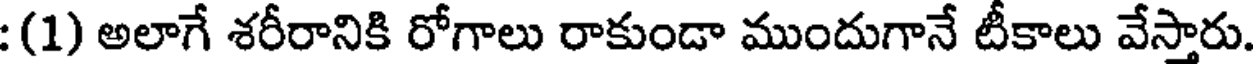
: (1) అలాగే శరీరానికి రోగాలు రాకుండా ముందుగానే టీకాలు వేస్తారు